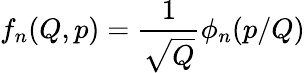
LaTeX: f_{n}(Q,p)=\frac{1}{\sqrt{Q}}\phi_{n}(p/Q)